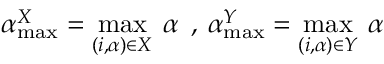
\alpha _ { \operatorname* { m a x } } ^ { X } = \operatorname* { m a x } _ { ( i , \alpha ) \in X } \: \alpha \: \: , \: \alpha _ { \operatorname* { m a x } } ^ { Y } = \operatorname* { m a x } _ { ( i , \alpha ) \in Y } \: \alpha